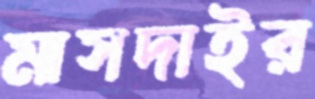
মাসদাইর